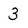
Character: 3